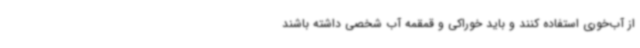
از آب‌خوری استفاده کنند و باید خوراکی و قمقمه آب شخصی داشته باشند